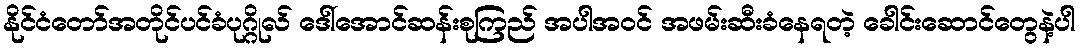
နိုင်ငံတော်အတိုင်ပင်ခံပုဂ္ဂိုလ် ဒေါ်အောင်ဆန်းစုကြည် အပါအဝင် အဖမ်းဆီးခံနေရတဲ့ ခေါင်းဆောင်တွေနဲ့ပါ